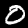
Digit: 0